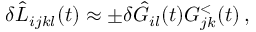
\begin{array} { r } { \delta \hat { L } _ { i j k l } ( t ) \approx \pm \delta \hat { G } _ { i l } ( t ) G _ { j k } ^ { < } ( t ) \, , } \end{array}